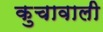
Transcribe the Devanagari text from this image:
कुचावाली